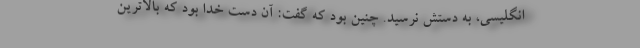
انگلیسی، به دستش نرسید. چنین بود که گفت: آن دست خدا بود که بالاترین